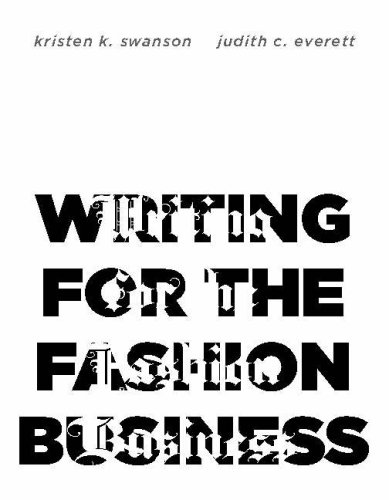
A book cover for Writing for the Fashion Business; Kristen K. Swanson; Business & Money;